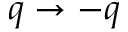
q \rightarrow - q